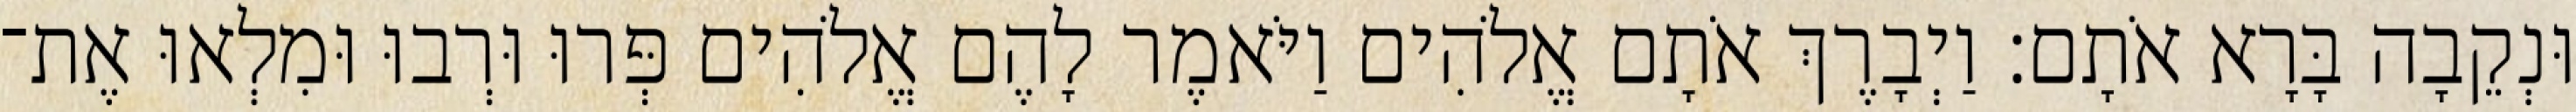
וּנְקֵבָה בָּרָא אֹתָם׃ וַיְבָרֶךְ אֹתָם אֱלֹהִים וַיֹּאמֶר לָהֶם אֱלֹהִים פְּרוּ וּרְבוּ וּמִלְאוּ אֶת־